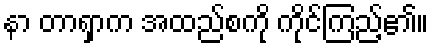
နာ တာရှာက အထည်စကို ကိုင်ကြည့်၏။